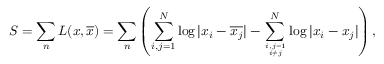
S = \sum _ { n } { \cal L } ( x , \overline { { { x } } } ) = \sum _ { n } \left( \sum _ { i , j = 1 } ^ { N } \log | x _ { i } - \overline { { { x _ { j } } } } | - \sum _ { i , j = 1 \atop i \ne j } ^ { N } \log | x _ { i } - { x _ { j } } | \right) ,